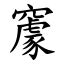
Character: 䆽